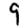
Digit: 9